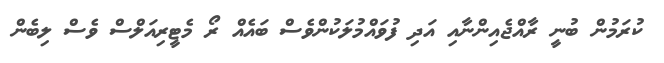
ކުރަމުން ބުނީ ރާއްޖެއިންނާއި އަދި ފުވައްމުލަކުންވެސް ބައެއް ރޯ މެޓީރިއަލްސް ވެސް ލިބެން